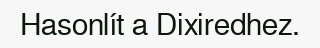
Hasonlít a Dixiredhez.